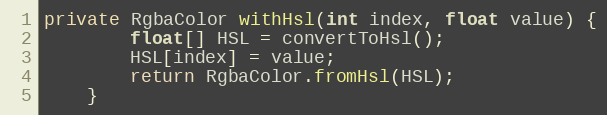
Language: Java
private RgbaColor withHsl(int index, float value) {
        float[] HSL = convertToHsl();
        HSL[index] = value;
        return RgbaColor.fromHsl(HSL);
    }